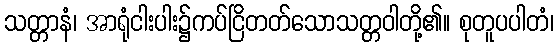
သတ္တာနံ၊ အာရုံငါးပါး၌ကပ်ငြိတတ်သောသတ္တဝါတို့၏။ စုတူပပါတံ၊